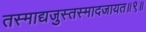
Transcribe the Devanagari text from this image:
तस्माद्यजुस्तस्मादजायत॥९॥